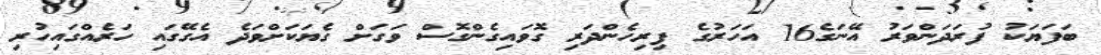
ބަފަޔަކު ފުރަދަންވަރު އޭނަގެ16 އަހަރުގެ ފިރިހެންދަރި ގޮވައިގެންގޮސް ވަގަށް ގެޔަކަށްވަދެ އެގޭގައި ހަރެއްގައިހުރި